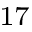
^ { 1 7 }